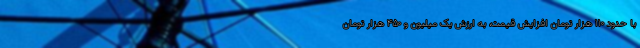
با حدود ۱۱۰ هزار تومان افزایش قیمت، به ارزش یک میلیون و ۴۵۰ هزار تومان